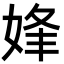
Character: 㛔